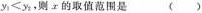
$$y_{1}<y_{2}$$，则x的取值范围是()